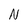
Character: N